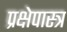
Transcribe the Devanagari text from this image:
प्रक्षेपास्‍त्र